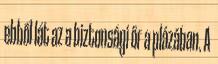
ebből lát az a biztonsági őr a plázában. A